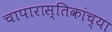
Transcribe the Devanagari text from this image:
चापारास्तिकांच्या